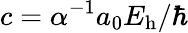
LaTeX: c=\alpha^{-1}a_{0}E_{\mathrm{h}}/\hbar